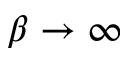
\beta \to \infty